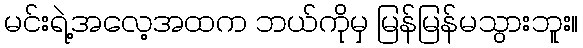
မင်းရဲ့အလေ့အထက ဘယ်ကိုမှ မြန်မြန်မသွားဘူး။